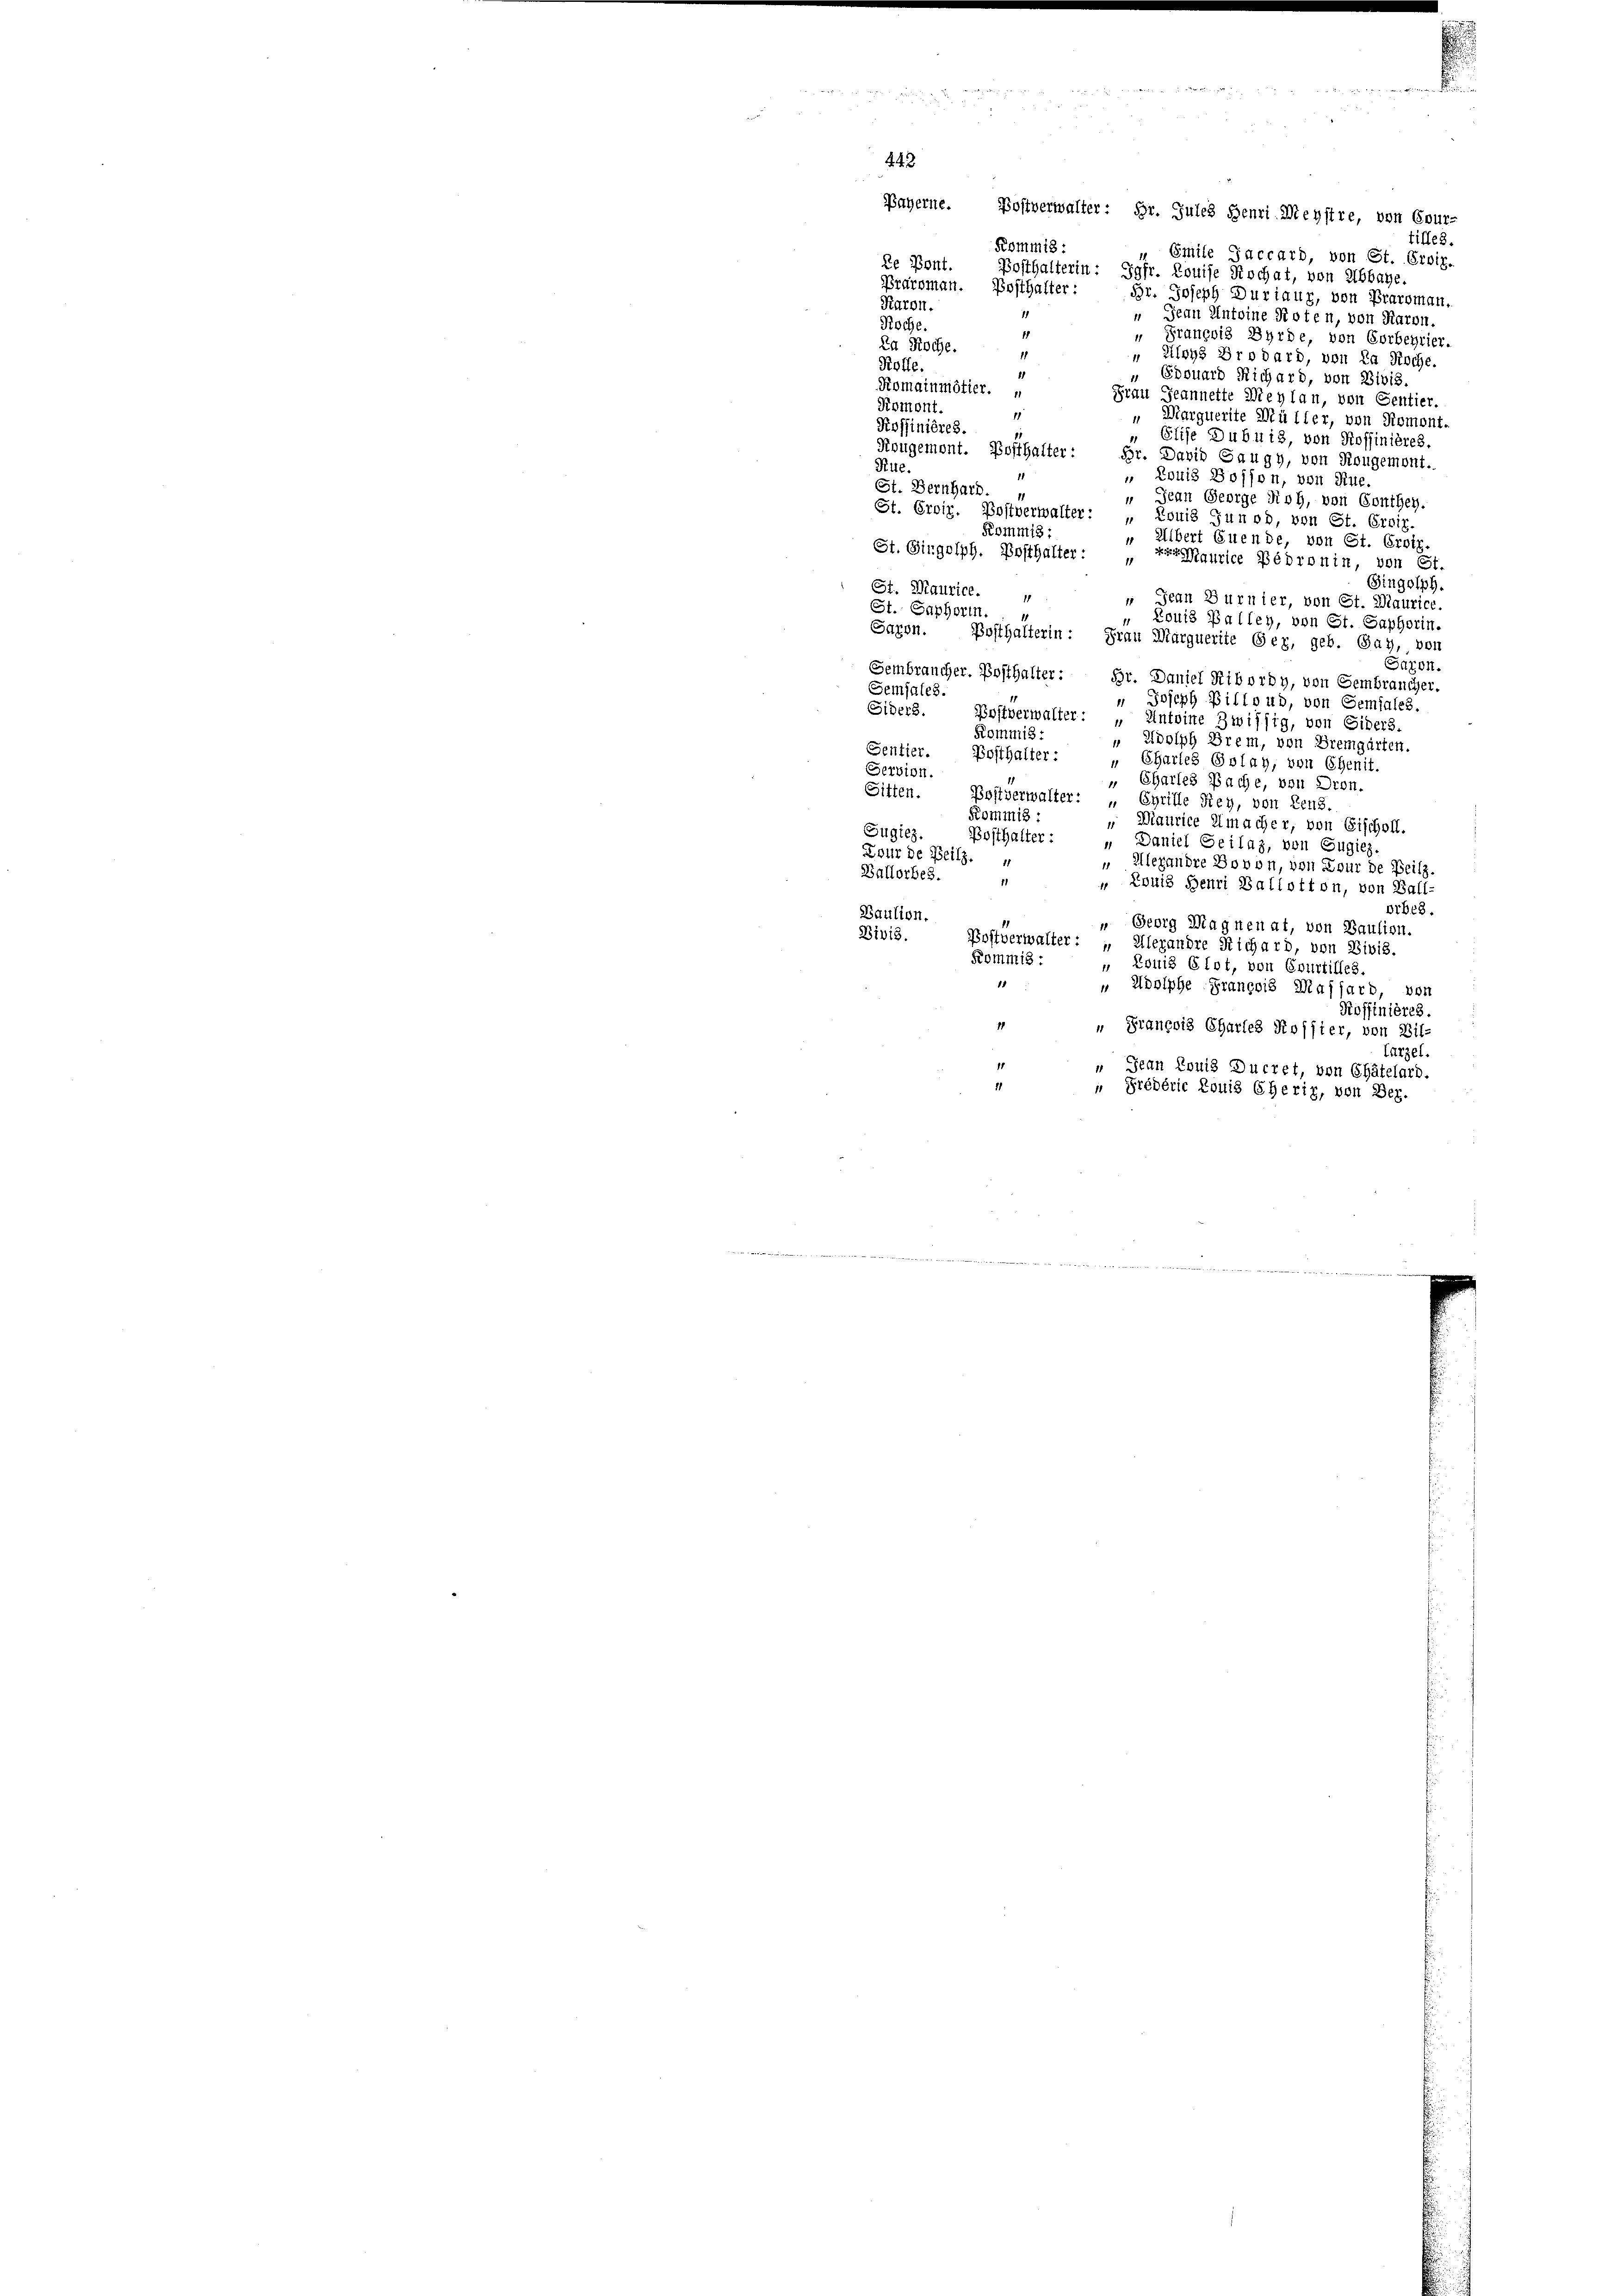
443.

.

Payerne. Postverwalter: Hr. Jules Henri Meystre, von Cour-
tilles.
Kommis:
Smile Jaccard, von St. Groiz.
Le Pont.
Posthalterin: Jgfr. Louise Kochat, von Abbaye.
Praroman. Posthalter:
Br. Joseph Duriaur, von Praroman,
Karon.
 Jean Antoine Roten, von Raron.
Roche.
1
" François Bürde, von Vorbeyrier.
Da Roche.
11
Aloys Brodard, von La Roche.
11
Koffe.
41
„ Edouard Richard, von Divis.
Romainmötier.
Frau Jeannette Weylan, von Sentier.
Romont.
11
"Marquerite Müller, von Romont.
Koffinières.
Elise Dubuis, von Roffinières.
Kougemont. Posthalter:
Gr. David Saugy, von Rougemont.
Rite.
 Louis Bosson, von Rue.
St. Bernhard
Jean George dich, von Conthey.
St. Orviz. Postverwalter: „Louis Junod, von St. Orviz.
Kommis:
" Albert Euende, von St. Erotz.
St. Girgelph. Posthalter:
Maurice Pédronin, von St.
11
Gingolph.
St. Maurice.
 Jean Gurnier, von St. Maurice.
St. Saphori.
„ Louis Balley, von St. Saphorin.
Saren.
Posthalterin: Frau Marquerite Gex, geb. Bay, von
Saron
Sembraucher. Posthalter: Dr. Daniel Ribordy, von Gembraucher.
Semjales.
" Joseph Billond, von Semiales.
Siders.
Postverwalter: „Antoine Zwissig, von Siders.
Kommis-
" Adolph Prem, von Bremgarten.
Sentier.
Posthalter:
" Charles Golay, von Ehenit.
Servion.
" Charles Bache, von Dron.
Sitten.
Postverwalter: „
Cyrille Rey, von Zens.
Kommis :
„ Maurice macher, von Fischoll.
Sugiez.
Bosthalter:
„ Daniel Geilaz, von Eugiez.
Dour de Beilz.
" Alexandre Dovon, von Lour de Beilz.
Ballorbes.
11
 Louis Henri Ballotton, von Ball
Orbe8.
Baution.
 Georg Magnenat, von Baulien.
Divis.
Postverwalter: „Alexandre Richard, von Divis.
Kommis :
„ Louis Glot, von Courtilles.
 Adolphe François Massard, von
Roffinières.
1
" Francois Chartes Rossier, von Bil
farzel.
„ Jean Louis Ducret, von Chätelard.
 Prédéric Louis Cherig, von Bez.
 verwarten werde angetriften angen mitten wir mit seinen Rang wegen wesen
neien der gewenden wenn weiter den mit die einterschieder Wert